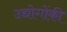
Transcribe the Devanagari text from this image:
उद्योगोंकी